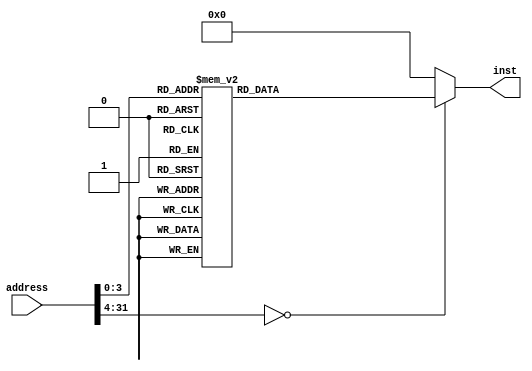
`timescale 1ns / 1ps

//////////////////////////////////////////////////////////////////////////////////
// Company: lirc572
// 
// Create Date: 
// Design Name: NECPU
// Module Name: InstMem
// Project Name: 
// Target Devices: 
// Tool Versions: 
// Description: 
// 
// Dependencies: 
// 
// Revision:
// Revision 0.01 - File Created
// Additional Comments:
// 
//////////////////////////////////////////////////////////////////////////////////
module instMem (
    input  [31:0]  address,
    output reg [31:0] inst
  );
  always @ (address) begin
    inst = 32'd0;
    case (address)
      0: inst = 32'd268468224;
      1: inst = 32'd201326592;
      2: inst = 32'd270532608;
      3: inst = 32'd203467434;
      4: inst = 32'd1277231104;
      5: inst = 32'd136314880;
      6: inst = 32'd272629888;
      7: inst = 32'd205520896;
      8: inst = 32'd809631745;
      9: inst = 32'd333447168;
      10: inst = 32'd266338312;
      11: inst = 32'd473956352;
      12: inst = 32'd1541406720;
      13: inst = 32'd333447168;
      14: inst = 32'd266338308;
      15: inst = 32'd1541406720;
    endcase
  end
endmodule